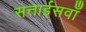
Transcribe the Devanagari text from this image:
सत्ताईसवाँ